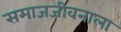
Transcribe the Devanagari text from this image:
समाजजीवनाला